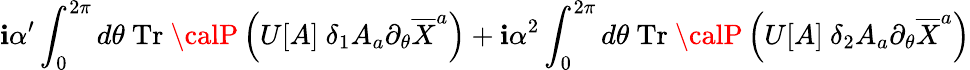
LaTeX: \mathbf{i}\alpha^{\prime}\int_{0}^{2\pi}d\theta~\mathrm{{Tr}}~{\calP}\left(U[A]~\delta_{1}A_{a}\partial_{\theta}\overline{{{{X}}}}^{a}\right)+\mathbf{i}\alpha^{2}\int_{0}^{2\pi}d\theta~\mathrm{{Tr}}~{\calP}\left(U[A]~\delta_{2}A_{a}\partial_{\theta}\overline{{{{X}}}}^{a}\right)